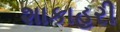
શાકાહરી